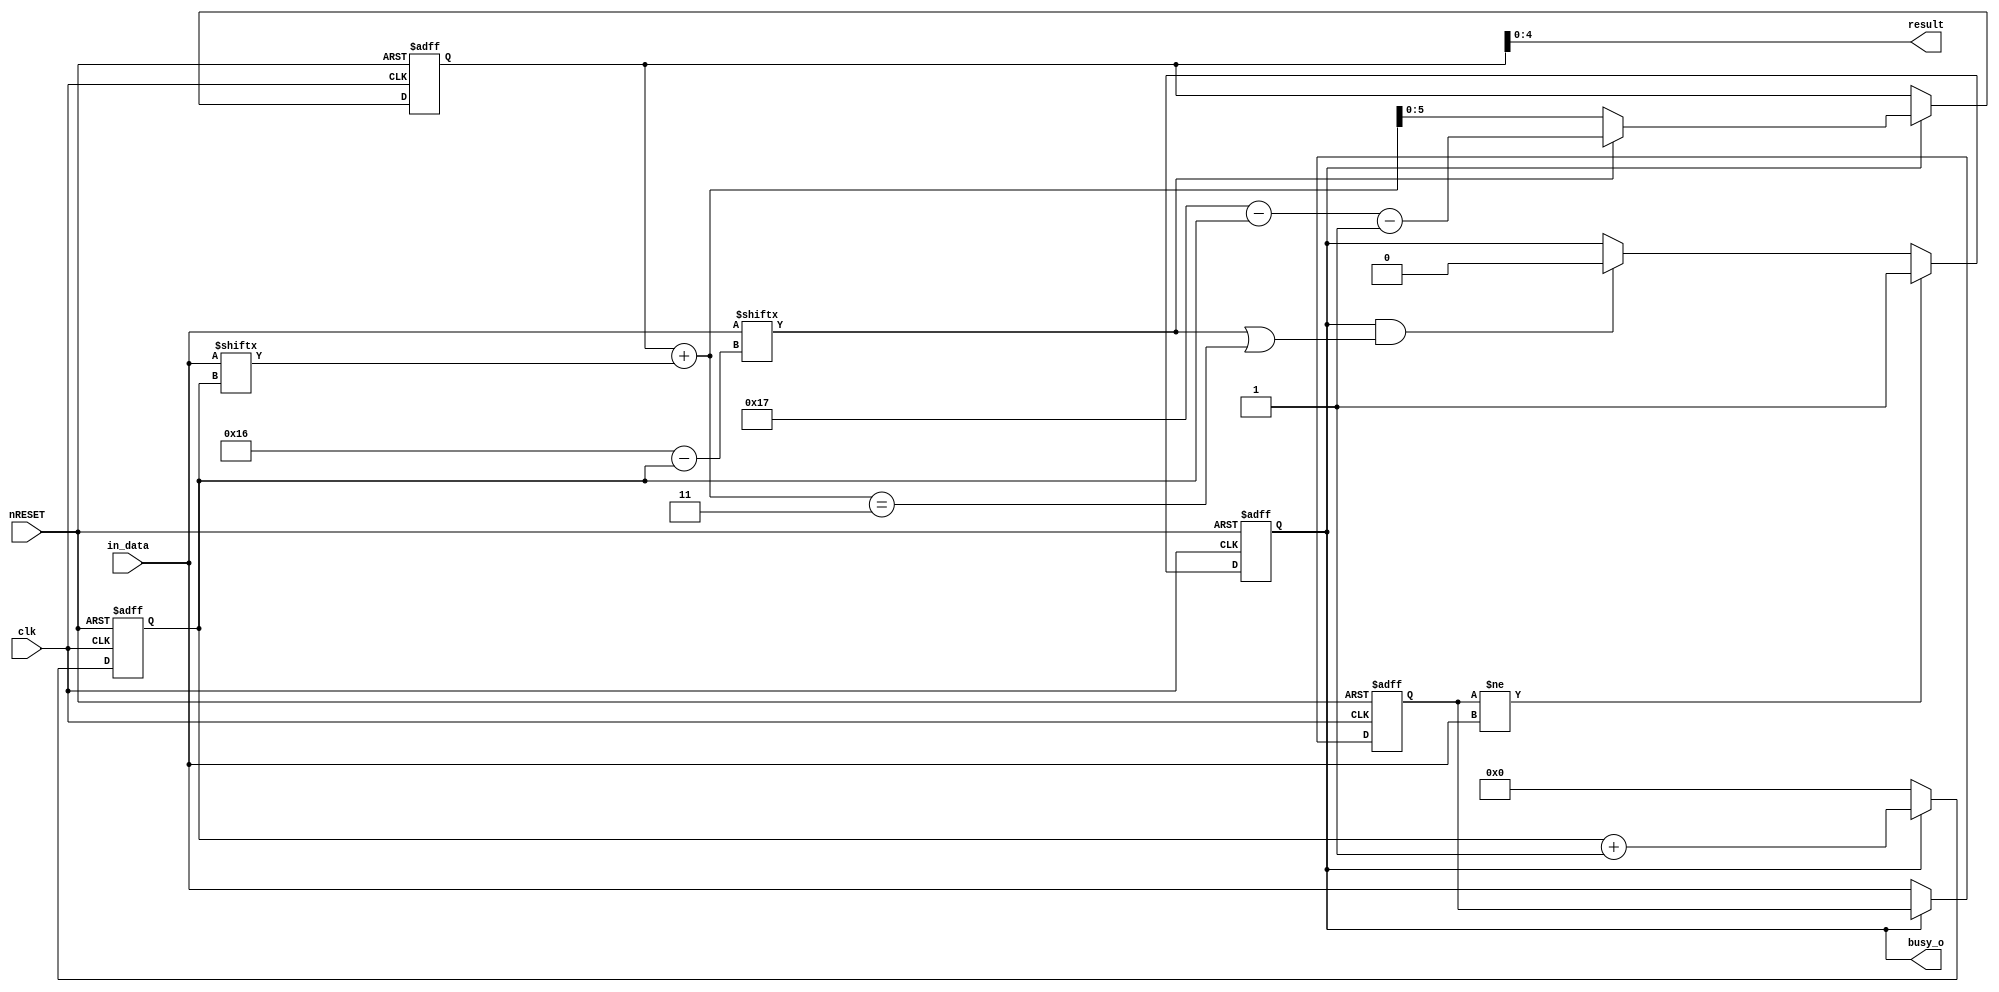


module MSBDetection(
    clk,
	 nRESET,
	 in_data,
	 result,
	 busy_o);
	 
parameter DATA_WIDTH = 23;

input clk;
input nRESET;
input [DATA_WIDTH-1:0] in_data;
output [$clog2(DATA_WIDTH)-1:0] result;
output busy_o;

reg [$clog2(DATA_WIDTH):0] result_o;
reg [$clog2(DATA_WIDTH)-1:0] counter;
reg [DATA_WIDTH-1:0] previous_data;
reg busy;

assign result = result_o;
assign busy_o = busy;

	always @(negedge nRESET or posedge clk)
		if (nRESET == 0) begin
			result_o <= 0;
			counter <= 0;
			busy <= 1'b0;
			previous_data <= 0;
			end
		else
			begin
			if(busy == 1)
				begin
					result_o <= in_data[DATA_WIDTH-1-counter]? DATA_WIDTH - counter - 1: result_o + in_data[counter];  
					counter <= counter + 1;
					previous_data <= previous_data;
				end
			else
				begin
					result_o <= result_o;
					counter <= 0;
					previous_data <= in_data;
				end
				
			if (previous_data != in_data) busy <= 1; 
			else
			if (busy && (in_data[DATA_WIDTH-1-counter] || (result_o + in_data[counter] == ($clog2(DATA_WIDTH)>>1) + 1))) 
					busy <= 0;
			else
					busy <= busy;
			
		end


endmodule